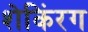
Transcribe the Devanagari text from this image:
शेकिंरग